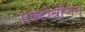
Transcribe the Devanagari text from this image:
एक्टोवेजिन